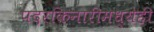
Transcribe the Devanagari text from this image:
पदरकिनारीमध्येही